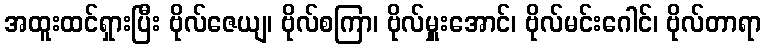
အထူးထင်ရှားပြီး ဗိုလ်ဇေယျ၊ ဗိုလ်စကြာ၊ ဗိုလ်မှူးအောင်၊ ဗိုလ်မင်းဂေါင်၊ ဗိုလ်တာရာ